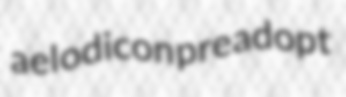
aelodicon preadopt